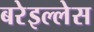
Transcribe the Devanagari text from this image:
बरेइल्लेस